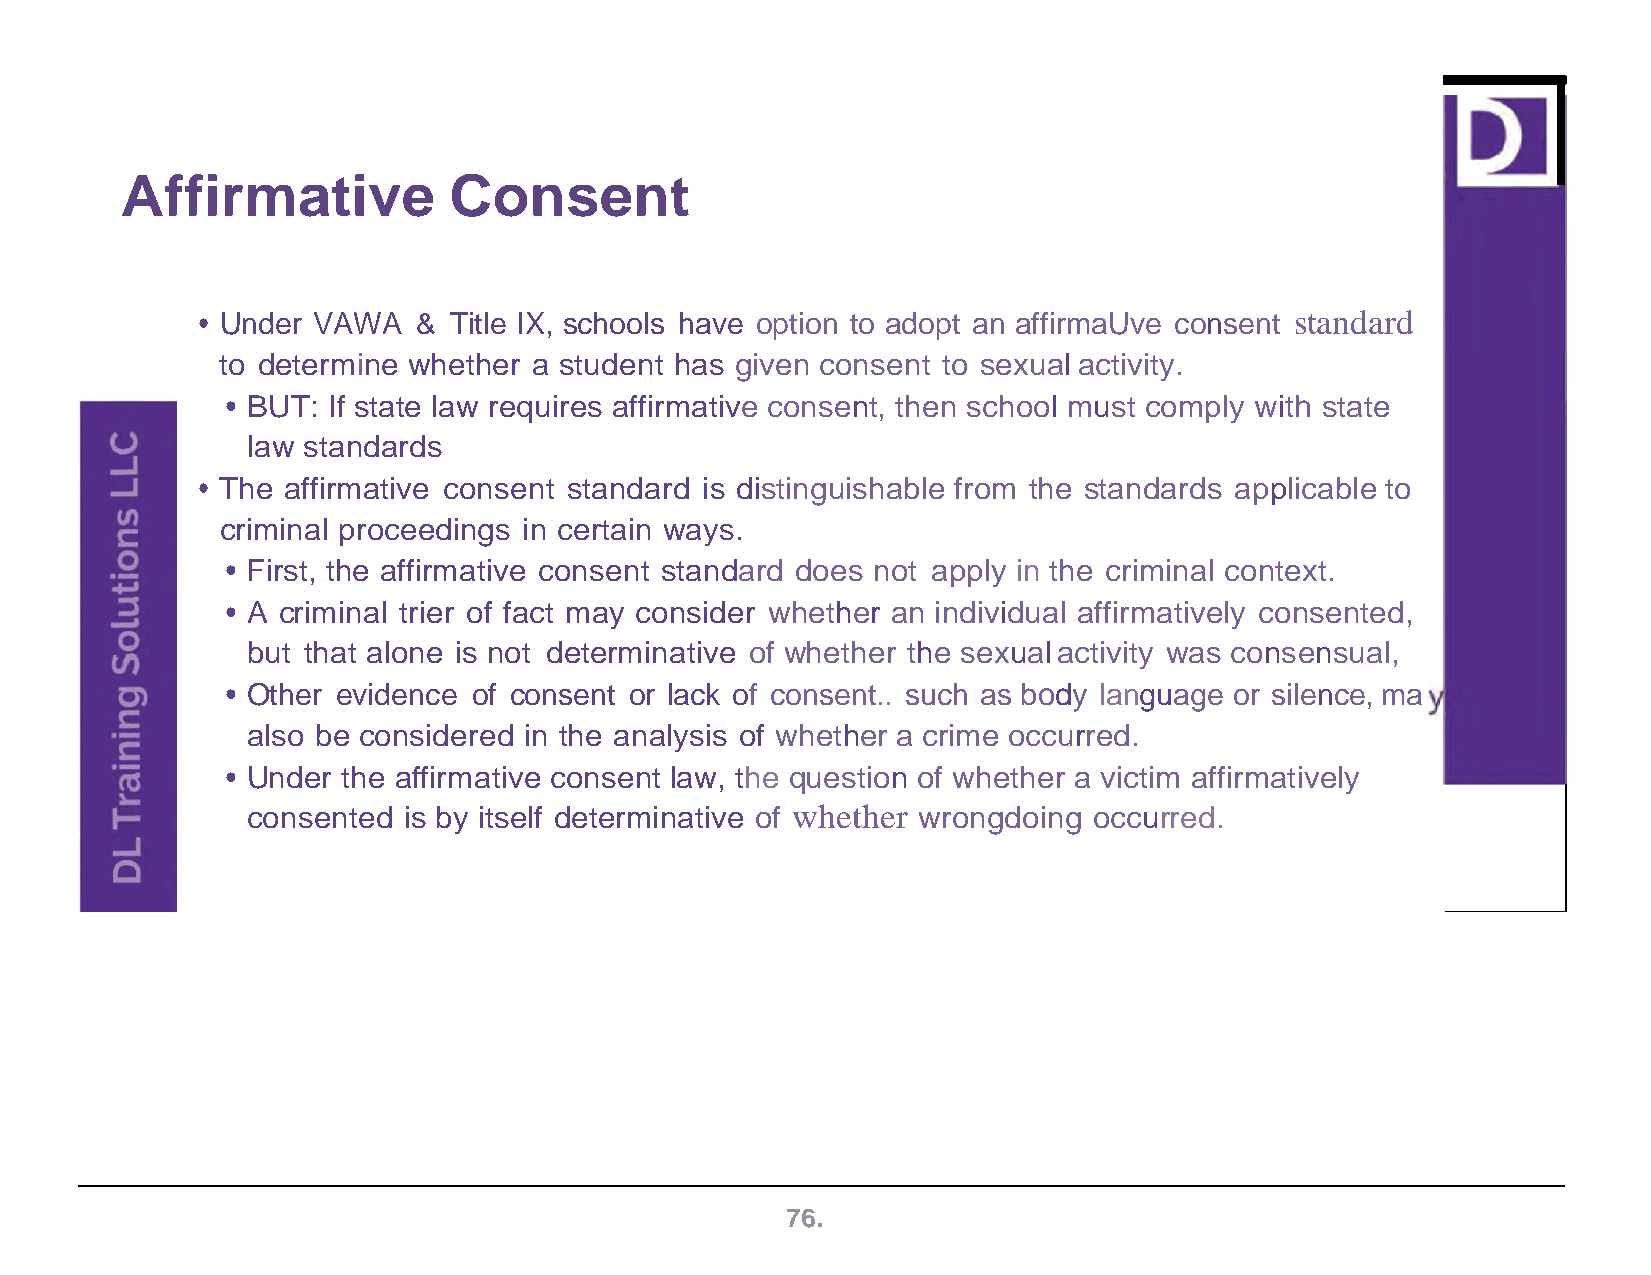
Affirmative           Consent
 • Under VAWA  &  Title IX, schools have option to adopt an affirmaUve consent standard
 to determine whether a student has given consent to sexual activity.
 • BUT: If state law requires affirmative consent, then school must comply with state
 law standards
 • The affirmative consent standard is distinguishable from the standards applicable to
 criminal proceedings in certain ways.
 • First, the affirmative consent standard does not apply in the criminal context.
 • A criminal trier of fact may consider whether an individual affirmatively consented,
 but that alone is not determinative of whether the sexual activity was consensual,
 • Other evidence of consent or lack of consent.. such as body language or silence, ma
 also be considered in the analysis of whether a crime occurred.
 • Under the affirmative consent law, the question of whether a victim affirmatively
 consented  is by itself determinative of whether wrongdoing occurred.
 76.